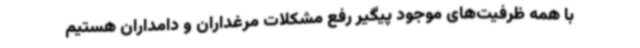
با همه ظرفیت‌های موجود پیگیر رفع مشکلات مرغداران و دامداران هستیم